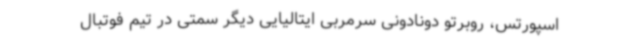
اسپورتس، روبرتو دونادونی سرمربی ایتالیایی دیگر سمتی در تیم فوتبال